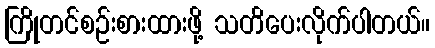
ကြိုတင်စဉ်းစားထားဖို့ သတိပေးလိုက်ပါတယ်။